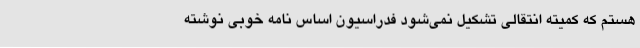
هستم که کمیته انتقالی تشکیل نمی‌شود فدراسیون اساس نامه خوبی نوشته